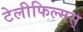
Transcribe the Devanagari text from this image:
टेलीफिल्मस्